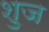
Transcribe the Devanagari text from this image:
शुज